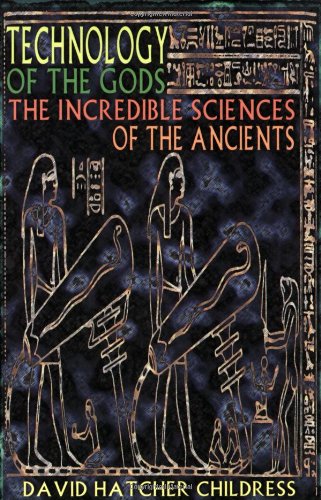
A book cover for Technology of the Gods: The Incredible Sciences of the Ancients; David Hatcher Childress; Science & Math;